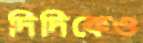
দিদিকেও